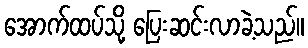
အောက်ထပ်သို့ ပြေးဆင်းလာခဲ့သည်။